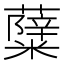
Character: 𮒷